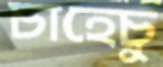
চাহেচু